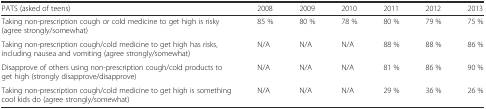
<table><thead><tr><td><b>PATS (asked of teens)</b></td><td><b>2008</b></td><td><b>2009</b></td><td><b>2010</b></td><td><b>2011</b></td><td><b>2012</b></td><td><b>2013</b></td></tr></thead><tbody><tr><td>Taking non-prescription cough or cold medicine to get high is risky (agree strongly/somewhat)</td><td>85 %</td><td>80 %</td><td>78 %</td><td>80 %</td><td>79 %</td><td>75 %</td></tr><tr><td>Taking non-prescription cough/cold medicine to get high has risks, including nausea and vomiting (agree strongly/somewhat)</td><td>N/A</td><td>N/A</td><td>N/A</td><td>88 %</td><td>88 %</td><td>86 %</td></tr><tr><td>Disapprove of others using non-prescription cough/cold products to get high (strongly disapprove/disapprove)</td><td>N/A</td><td>N/A</td><td>N/A</td><td>81 %</td><td>86 %</td><td>90 %</td></tr><tr><td>Taking non-prescription cough/cold medicine to get high is something cool kids do (agree strongly/somewhat)</td><td>N/A</td><td>N/A</td><td>N/A</td><td>29 %</td><td>36 %</td><td>26 %</td></tr></tbody></table>